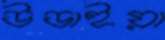
উডাইয়া